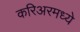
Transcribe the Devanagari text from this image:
करिअरमध्ये